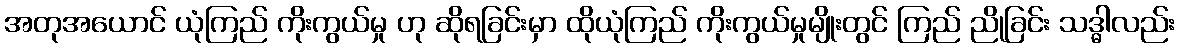
အတုအယောင် ယုံကြည် ကိုးကွယ်မှု ဟု ဆိုရခြင်းမှာ ထိုယုံကြည် ကိုးကွယ်မှုမျိုးတွင် ကြည် ညိုခြင်း သဒ္ဓါလည်း